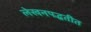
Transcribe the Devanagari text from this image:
लेखनपद्धतीत